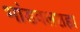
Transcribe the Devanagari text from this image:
भांडवलशहा